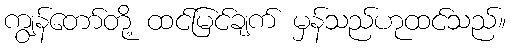
ကျွန်တော်တို့ ထင်မြင်ချက် မှန်သည်ဟုထင်သည်။